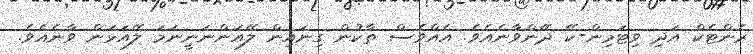
ރެންޓެކް އަދި ވިޓަމިން-ކޭ ދޭންވާނެއެވެ. އެއްވެސް ތާކުން ގިނައިން ލޭއަންނަނީނަމަ ލޭއަޅަން ވާނެއެވެ.